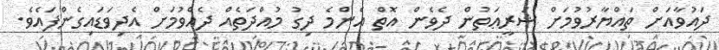
ދައުވާއަށް ތައްޔާރުވުމަށް ޝަރީޢަތުން ދެވެން އޮތް އެންމެ ދިގު މުއްދަތެއް ދެއްވުމަށް އެދިވަޑައިގެންފައެވެ.